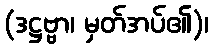
(ဒဋ္ဌဗ္ဗာ၊ မှတ်အပ်၏)၊